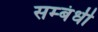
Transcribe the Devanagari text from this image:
सम्‍बंधी